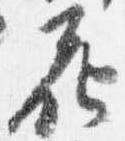
花